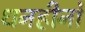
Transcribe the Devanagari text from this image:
धनहीनों